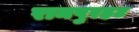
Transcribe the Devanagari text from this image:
रामपुरहट